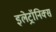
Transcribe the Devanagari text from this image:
इलेट्रॉनिक्स